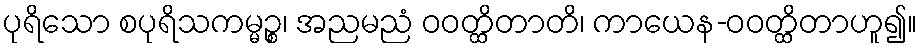
ပုရိသော စပုရိသကမ္မဉ္စ၊ အညမညံ ဝဝတ္ထိတာတိ၊ ကာယေန-ဝဝတ္ထိတာဟူ၍။